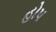
હોપ